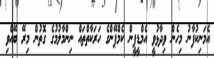
އެމަނިކުފާނު މިހެން ވިދާޅުވީ އެމްޑީޕީން ކެމްޕޭންގެ ހަރަކާތްތައް ނިންމާލުމުގެ ގޮތުން މިރޭ ބޭއްވި